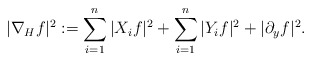
\begin{align*} \begin{aligned} |\nabla _{H}f|^2:=\sum_{i=1}^{n}|X_i f|^2+\sum_{i=1}^{n}|Y_i f|^2+|\partial_y f|^2. \end{aligned} \end{align*}